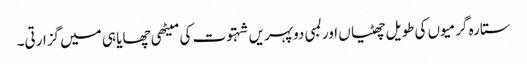
ستارہ گرمیوں کی طویل چھٹیاں اور لمبی دوپہریں شہتوت کی میٹھی چھایا ہی میں گزارتی۔